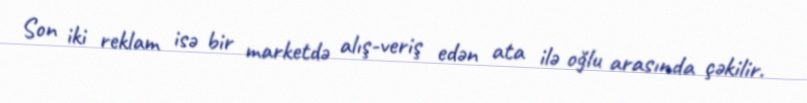
Son iki reklam isə bir marketdə alış-veriş edən ata ilə oğlu arasında çəkilir.